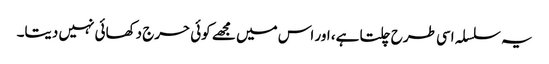
یہ سلسلہ اسی طرح چلتا ہے، اور اس میں مجھے کوئی حرج دکھائی نہیں دیتا۔